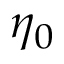
\eta _ { 0 }